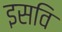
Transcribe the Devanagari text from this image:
इसवि